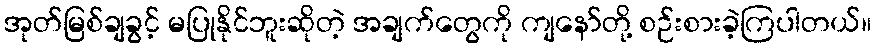
အုတ်မြစ်ချခွင့် မပြုနိုင်ဘူးဆိုတဲ့ အချက်တွေကို ကျနော်တို့ စဉ်းစားခဲ့ကြပါတယ်။